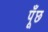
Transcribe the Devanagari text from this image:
पँूछ